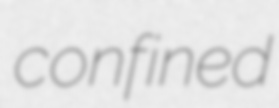
confined